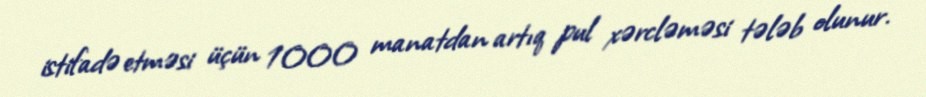
istifadə etməsi üçün 1000 manatdan artıq pul xərcləməsi tələb olunur.